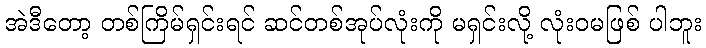
အဲဒီတော့ တစ်ကြိမ်ရှင်းရင် ဆင်တစ်အုပ်လုံးကို မရှင်းလို့ လုံးဝမဖြစ် ပါဘူး